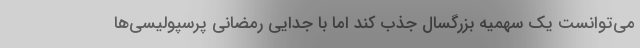
می‌توانست یک سهمیه بزرگسال جذب کند اما با جدایی رمضانی پرسپولیسی‌ها